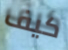
كيف